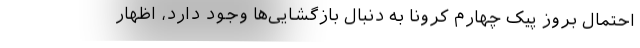
احتمال بروز پیک چهارم کرونا به دنبال بازگشایی‌ها وجود دارد، اظهار